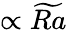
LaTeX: \propto\widetilde{Ra}